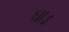
ઘાડ